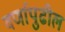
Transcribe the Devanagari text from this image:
वर्णापुढील